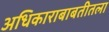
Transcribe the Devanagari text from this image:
अधिकाराबाबतीतला